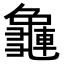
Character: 𪚿